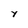
Character: y